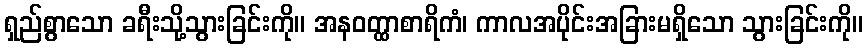
ရှည်စွာသော ခရီးသို့သွားခြင်းကို။ အနဝတ္ထာစာရိကံ၊ ကာလအပိုင်းအခြားမရှိသော သွားခြင်းကို။